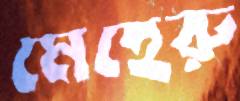
মেহেরু